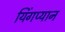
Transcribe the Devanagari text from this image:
यिंगप्यान